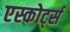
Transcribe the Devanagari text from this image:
एस्कोर्ट्स